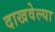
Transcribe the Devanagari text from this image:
दाखवेल्या